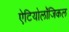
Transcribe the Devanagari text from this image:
ऐटियोलॉजिकल